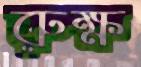
রুক্ষ